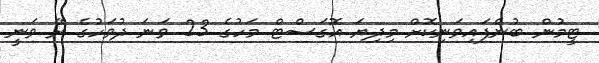
ޓީމުން ބުނެފައިވަނިކޮށް މިދިޔަ އޮގަސްޓް މަހުގެ 23 ވަނަ ދުވަހުގެ ރޭ ވަނީ